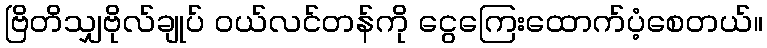
ဗြိတိသျှဗိုလ်ချုပ် ဝယ်လင်တန်ကို ငွေကြေးထောက်ပံ့စေတယ်။